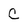
Character: c